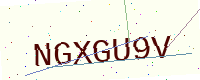
Text: NGXGU9V